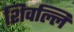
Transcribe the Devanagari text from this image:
शिवल्लि